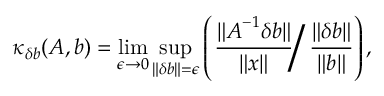
\kappa _ { \delta \boldsymbol { b } } ( \boldsymbol { A } , \boldsymbol { b } ) = \operatorname* { l i m } _ { \epsilon \rightarrow 0 } \operatorname* { s u p } _ { \Vert \delta \boldsymbol { b } \Vert = \epsilon } \left( \left. \frac { \Vert \boldsymbol { A } ^ { - 1 } \delta \boldsymbol { b } \Vert } { \Vert \boldsymbol { x } \Vert } \right/ \frac { \Vert \delta \boldsymbol { b } \Vert } { \Vert \boldsymbol { b } \Vert } \right) ,